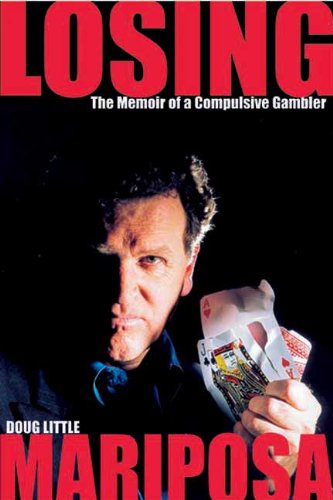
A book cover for Losing Mariposa: The Memoir of a Compulsive Gambler; Doug Little; Health, Fitness & Dieting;